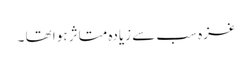
غزہ سب سے زیادہ متاثر ہوا تھا ۔